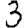
Digit: 3